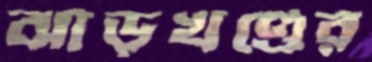
ঝাড়খণ্ডের